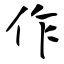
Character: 作